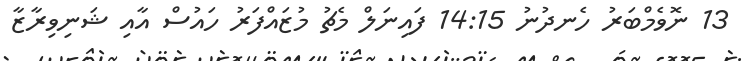
13 ނޮވެމްބަރު ހެނދުނު 14:15 ފައިނަލް މެޗު މުޒައްފަރު ހައުސް އާއި ޝަނިވިރާޒާ